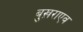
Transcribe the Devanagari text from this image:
बुख़राएव